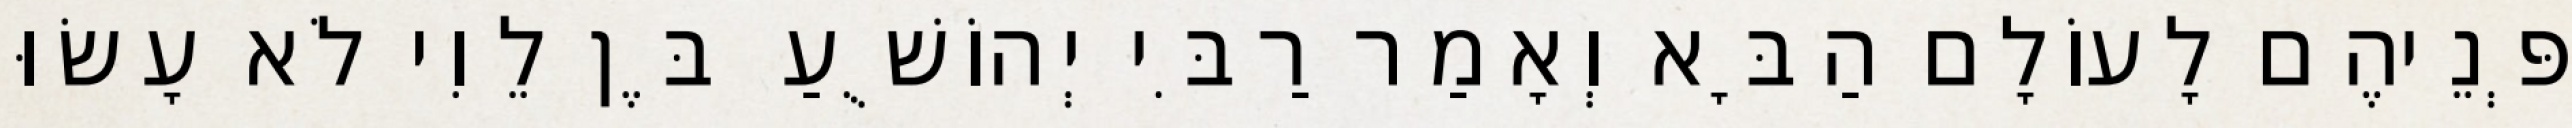
פְּנֵיהֶם לָעוֹלָם הַבָּא וְאָמַר רַבִּי יְהוֹשֻׁעַ בֶּן לֵוִי לֹא עָשׂוּ